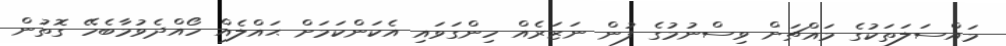
މައްސަލަތަކުގެ މައްޗަށް ވިސްނުމުގެ ފުން ނަޒަރެއް ހިންގަވައި އެކަންކަމަށް ޙައްލެއް ހޯއްދެވުމާބެހޭ ގޮތުން